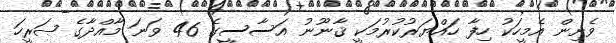
ވެށިން އެމީހަކު ހިފާ ހައްޔަރުކުރުމަކީ ޤާނޫނު އަސާސީގެ 46 ވަނަ މާއްދާގެ ޞަރީހަ